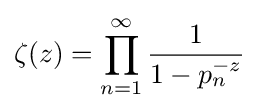
\zeta (z)=\prod _{n=1}^{\infty }{\frac {1}{1-p_{n}^{-z}}}